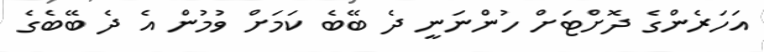
އަހަރެންގެ ދޮށްޓަށް ހުންނަނީ ދެ ބޭބެ ކަމަށް ވުމުން އެ ދެ ބޭބެގެ